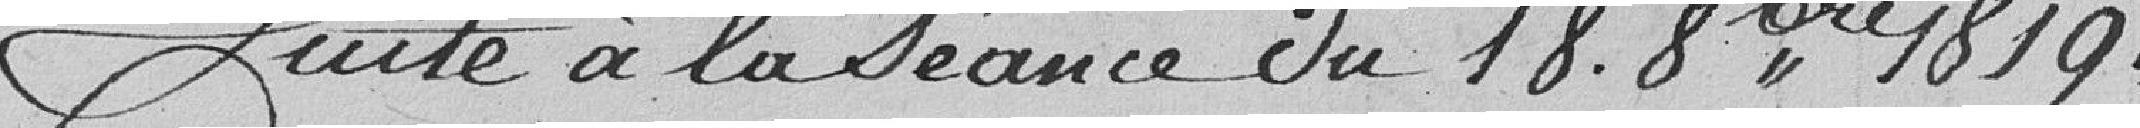
Suite de la séance du 18.8 bre 1819